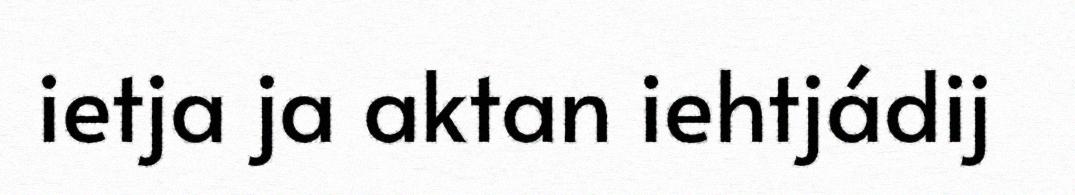
ietja ja aktan iehtjádij